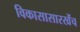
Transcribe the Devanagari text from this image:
विकासासारखेंच